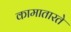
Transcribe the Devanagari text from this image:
कामातारते